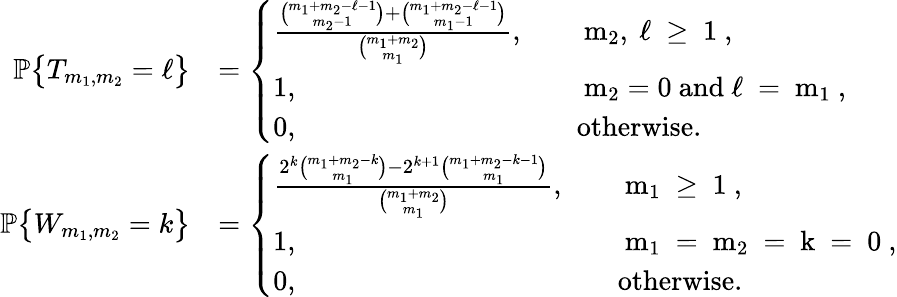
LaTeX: \begin{array}{rl}{{\mathbb{P}}\big\{ T_{m_{1},m_{2}}=\ell\big\} }&{=\left\{ \begin{array}{ll}{\frac{\binom{m_{1}+m_{2}-\ell-1}{m_{2}-1}+\binom{m_{1}+m_{2}-\ell-1}{m_{1}-1}}{\binom{m_{1}+m_{2}}{m_{1}}},}&{\quad\mathrm{~m_{2},~\ell~\ge~1~},}\\ {1,}&{\quad\mathrm{~m_{2}=0~and~\ell~=~m_{1}~},}\\ {0,}&{\quad\mathrm{otherwise}.}\end{array}\right.}\\ {{\mathbb{P}}\big\{ W_{m_{1},m_{2}}=k\big\} }&{=\left\{ \begin{array}{ll}{\frac{2^{k}\binom{m_{1}+m_{2}-k}{m_{1}}-2^{k+1}\binom{m_{1}+m_{2}-k-1}{m_{1}}}{\binom{m_{1}+m_{2}}{m_{1}}},}&{\quad\mathrm{~m_{1}~\ge~1~},}\\ {1,}&{\quad\mathrm{~m_{1}~=~m_{2}~=~k~=~0~},}\\ {0,}&{\quad\mathrm{otherwise}.}\end{array}\right.}\end{array}